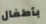
بأطفال